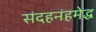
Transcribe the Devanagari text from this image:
संदहनंहमेद्ध